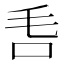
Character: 𣬧